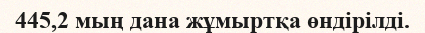
445,2 мың дана жұмыртқа өндірілді.